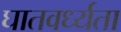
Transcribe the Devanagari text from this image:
घातवर्ध्यता